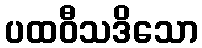
ပထဝီသဒိသော